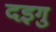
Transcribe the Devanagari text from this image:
दइगु